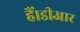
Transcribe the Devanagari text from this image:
हैं।डीआर